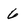
Character: 6